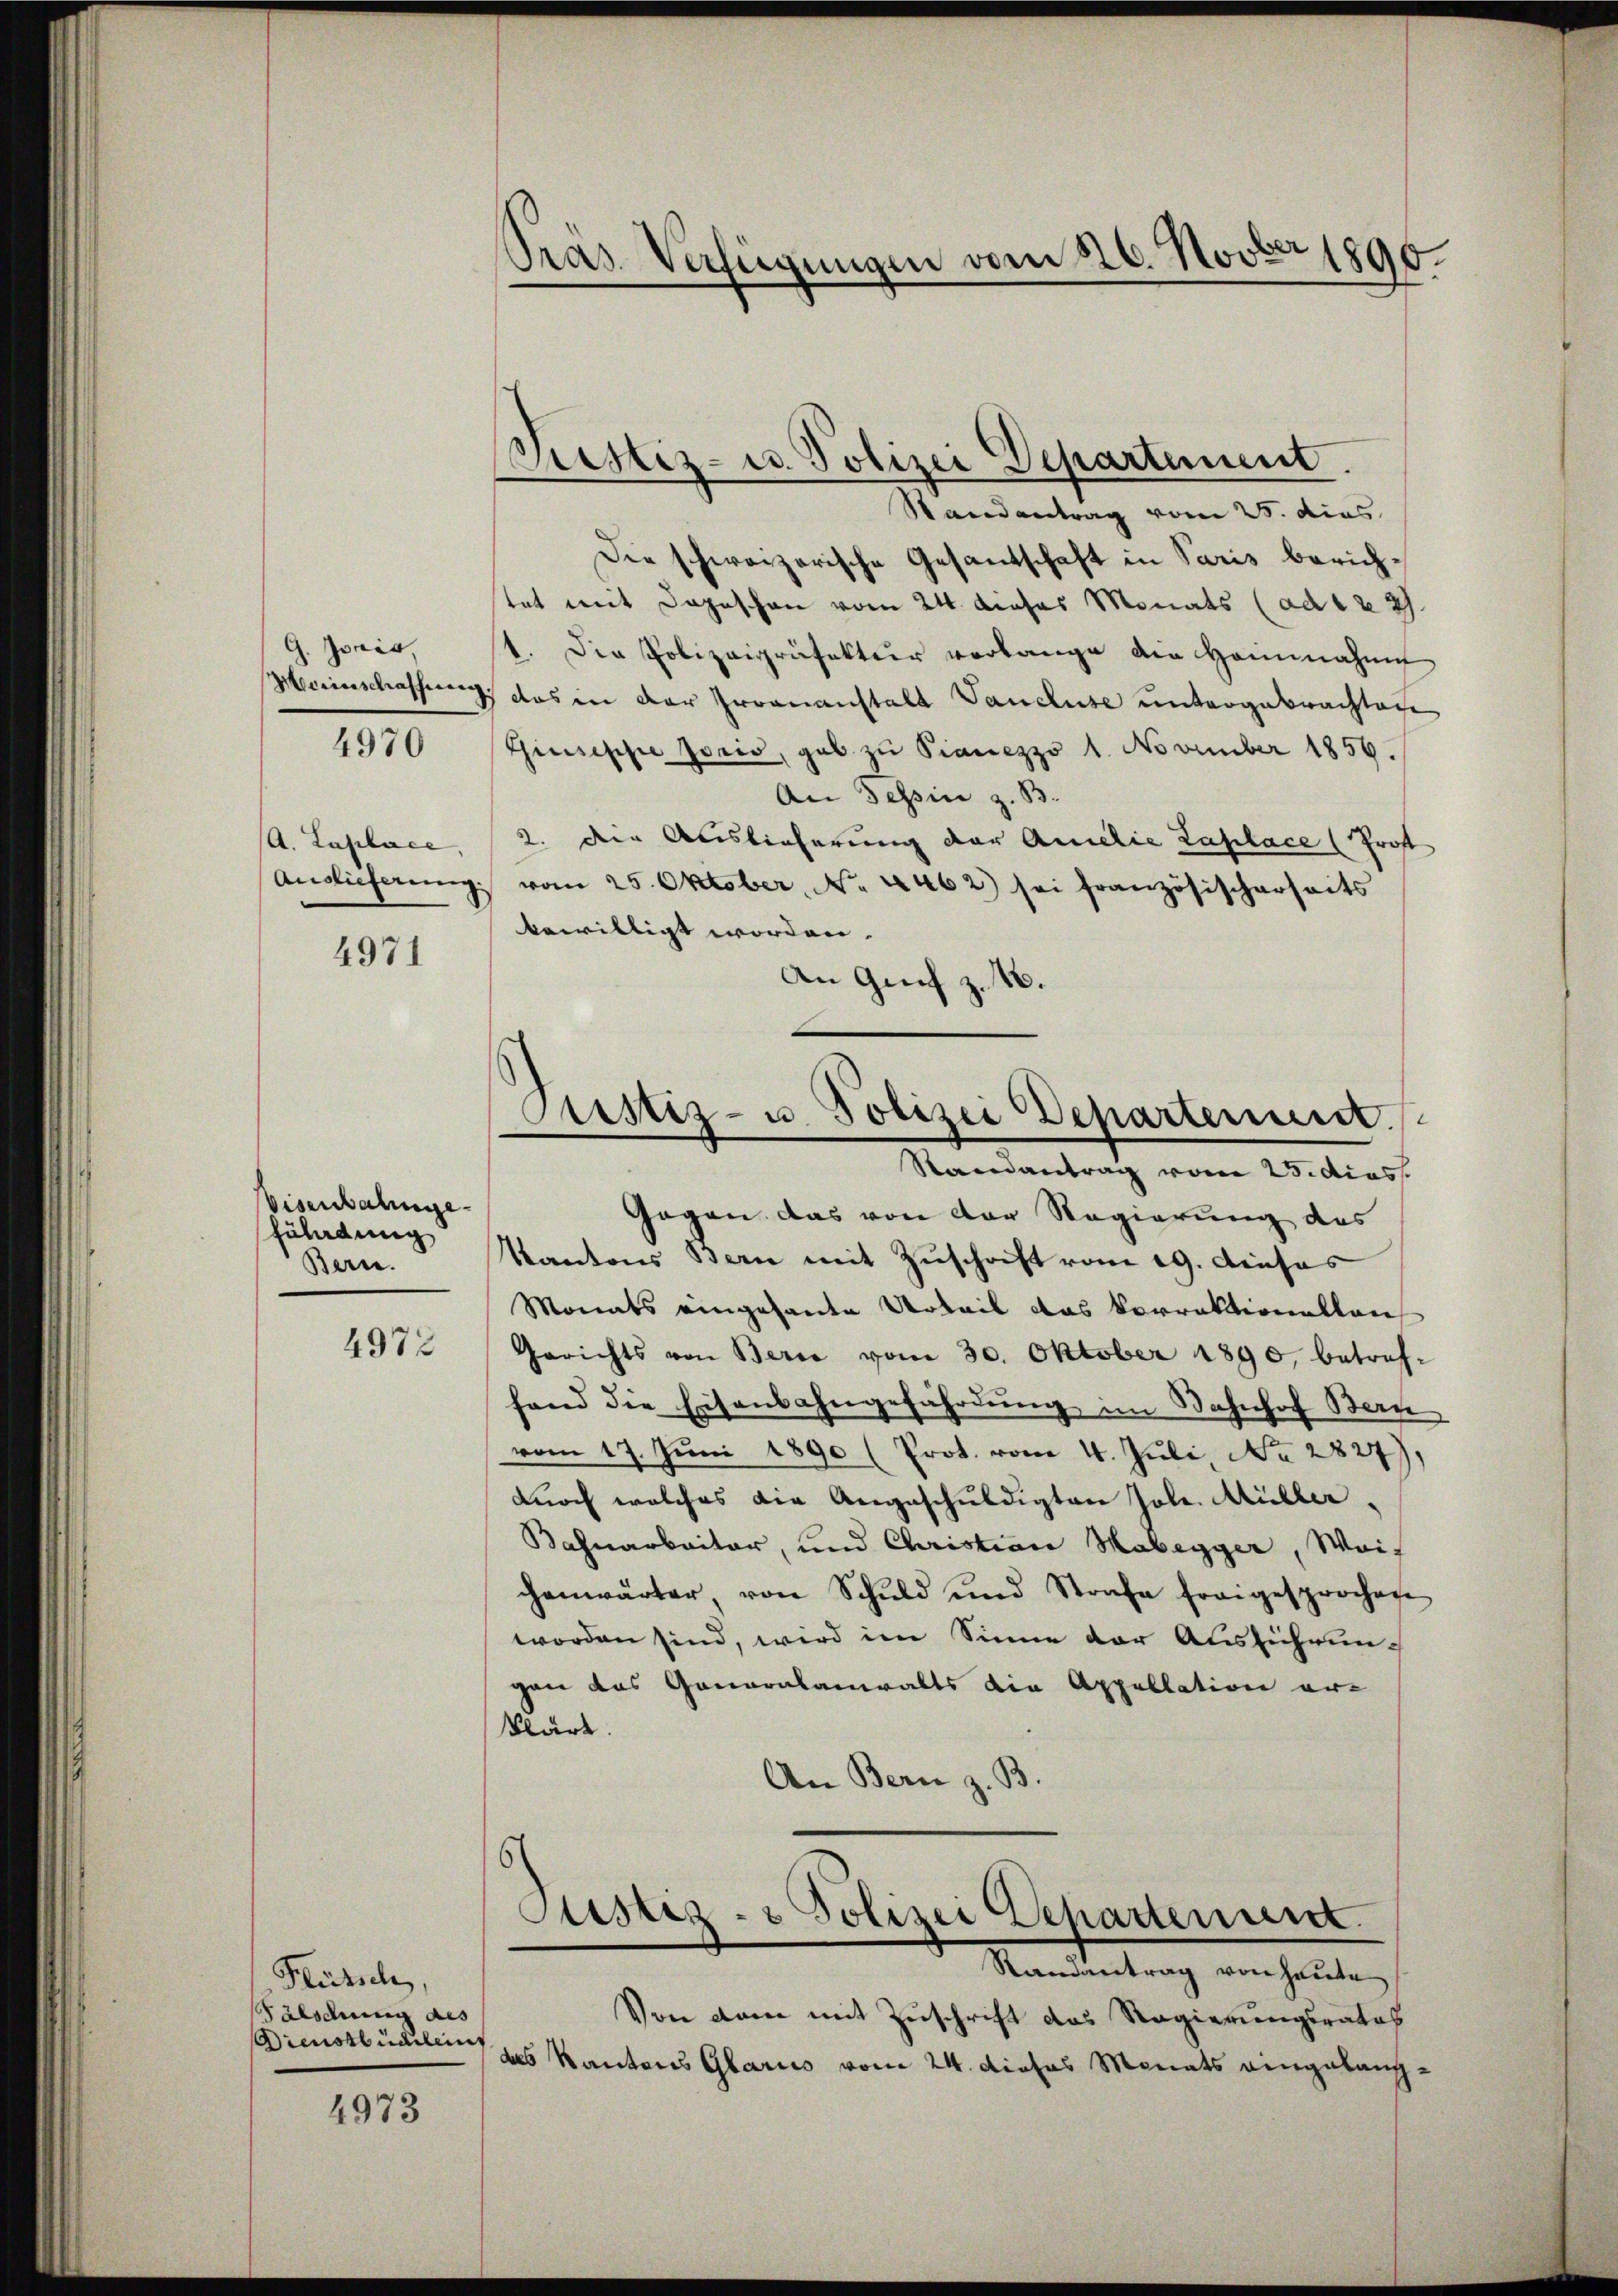
G. Jonis,
4970

A. Laplace,
4971

Visenbahnge
Züladung
Bern.
4972

Flürtsch,
Pälsduung als
Dienstbüchlein

4973

Randantrag vom 25. dies
Die schweizerische Gesantschaft in Paris berichtat mit Dageschon vom 24. dieses Monats (ad 122.
1. Der Polizeipräfektuer verlange die Heinnahme
Meterinschaffung, das in der Irrenanstalt Vancluse untergebrachtache
Giuseppe Joris, gab zu Pianezzo 1. November 1856.
An Tessin z. B.
2. den Auslieferung der Amilie Laplace (Prof
Auslieferŭng vom 25. Oktober, No. 4462) sei französischerheits
bewilligt worden.
An Genf z. B.

Pras Verfügungen vom 26. Novber 1896
f

Fristiz- u. Polizei Departement.

Pustiz- u. Polizei Departement.
Randantrag vom 25. dies

Gegen das von der Regierung des
Kantons Bern mit Zuschrift vom 19. disas
Monats eingesandte Urteil das Vorrektionallen
Gerichts von Berne vom 30. Oktober 1890, betreffand die Eisenbahngefährdung im Bahnhof Bern
vom 17. Juni 1890 (Prot. vom 4. Juli No 2827),
durch welches die Angeschuldigten Joh. Müller,
Bahnarbeiter, und Christian Habegger, Wais
chenwärter, von Schuld und Strafe freigesprochen
worden sind, wird im Sinne der Ausführungan das Generalanwalts die Appellation er-
klärt.
An Bern z. B.
Justiz- & Polizei Departement.
Randantrag von heute
Von dann mit Zuschrift das Regierungsrates
des Kantons Glarus vom 24. dieses Monats eingelang¬